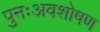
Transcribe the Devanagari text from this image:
पुनःअवशोषण